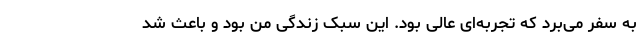
به سفر می‌برد که تجربه‌ای عالی بود. این سبک زندگی من بود و باعث شد